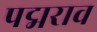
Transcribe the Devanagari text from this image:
पद्मराव